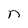
Character: n